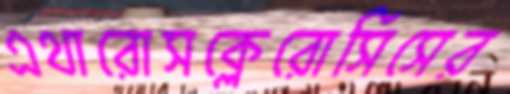
এথারোসক্লেরোসিসের